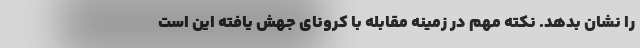
را نشان بدهد. نکته مهم در زمینه مقابله با کرونای جهش یافته این است